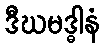
ဒီဃမဒ္ဓါနံ